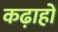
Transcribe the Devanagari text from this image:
कढ़ाहों